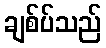
ချစ်ပ်သည်